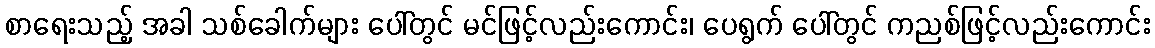
စာရေးသည့် အခါ သစ်ခေါက်များ ပေါ်တွင် မင်ဖြင့်လည်းကောင်း၊ ပေရွက် ပေါ်တွင် ကညစ်ဖြင့်လည်းကောင်း